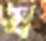
য